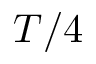
T / 4